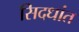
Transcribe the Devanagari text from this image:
सिदधांत